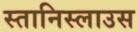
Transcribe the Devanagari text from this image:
स्तानिस्लाउस